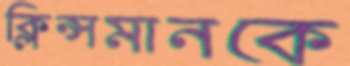
ক্লিন্সমানকে